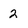
Character: 2